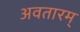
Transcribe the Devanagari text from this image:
अवतारम्